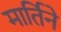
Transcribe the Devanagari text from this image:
मार्तिने